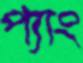
প্যাং